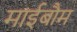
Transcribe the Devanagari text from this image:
माईबौम